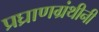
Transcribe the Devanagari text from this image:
प्रघ्राणग्रंथीनी